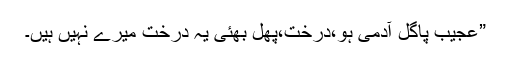
”عجیب پاگل آدمی ہو،درخت،پھل بھئی یہ درخت میرے نہیں ہیں۔